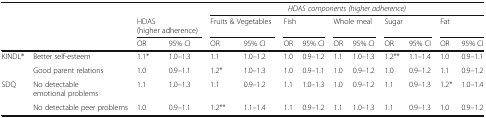
|  |  |  |  | <COLSPAN=10> HDAS components (higher adherence) |
 |  |  | <COLSPAN=2> HDAS (higher adherence) | <COLSPAN=2> Fruits & Vegetables | <COLSPAN=2> Fish | <COLSPAN=2> Whole meal | <COLSPAN=2> Sugar | <COLSPAN=2> Fat |
 | <COLSPAN=2>  | OR | 95% CI | OR | 95% CI | OR | 95% CI | OR | 95% CI | OR | 95% CI | OR | 95% CI |
 | --- | --- | --- | --- | --- | --- | --- | --- | --- | --- | --- | --- | --- | --- |
 | <ROWSPAN=2> KINDL® | Better self-esteem | 1.1* | 1.0–1.3 | 1.1 | 1.0–1.2 | 1.0 | 0.9–1.2 | 1.1 | 1.0–1.3 | 1.2** | 1.1–1.4 | 1.0 | 0.9–1.1 |
 | Good parent relations | 1.0 | 0.9–1.1 | 1.2* | 1.0–1.3 | 1.0 | 0.9–1.1 | 1.0 | 0.9–1.2 | 1.0 | 0.9–1.2 | 1.1 | 0.9–1.2 |
 | <ROWSPAN=2> SDQ | No detectable emotional problems | 1.1 | 1.0–1.3 | 1.1 | 0.9–1.2 | 1.1 | 1.0–1.3 | 1.0 | 0.9–1.2 | 1.1 | 0.9–1.3 | 1.2* | 1.0–1.4 |
 | No detectable peer problems | 1.0 | 0.9–1.1 | 1.2** | 1.1–1.4 | 1.1 | 0.9–1.2 | 1.1 | 1.0–1.3 | 1.1 | 0.9–1.3 | 1.0 | 0.9–1.2 |